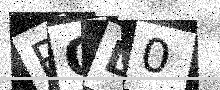
Text: POD0